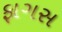
ફાગસ